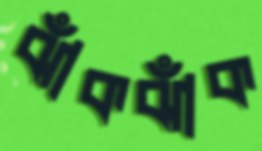
ঝাঁকঝাঁক